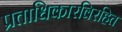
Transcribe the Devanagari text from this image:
प्रताधिकारविरहित